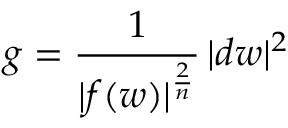
g = { \frac { 1 } { | f ( w ) | ^ { \frac { 2 } { n } } } } \, | d w | ^ { 2 }